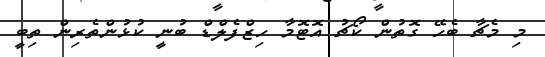
މި މެޗާ ބެހޭ ގޮތުން ކޯޗު އޮޓޮމާ ހިޒްފެލްޑް ބުނީ ކުޅުންތެރިން ތިބީ